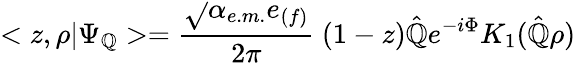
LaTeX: <z,\rho|\Psi_{\mathbb{Q}}>=\frac{{\sqrt{}{{\alpha_{e.m.}}}e_{(f)}}}{{2\pi}}\ (1-z)\hat{{\mathbb{Q}}}e^{-i\Phi}K_{1}(\hat{{\mathbb{Q}}}\rho)